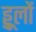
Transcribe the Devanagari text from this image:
ड्डूलों